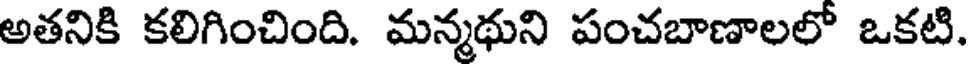
అతనికి కలిగించింది. మన్మథుని పంచబాణాలలో ఒకటి.